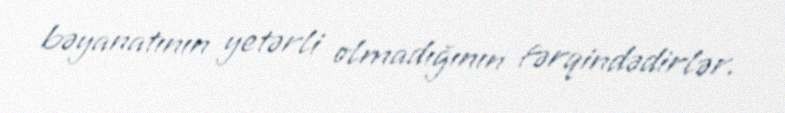
bəyanatının yetərli olmadığının fərqindədirlər.